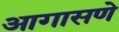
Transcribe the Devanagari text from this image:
आगासणे